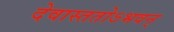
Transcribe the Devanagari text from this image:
देवास्ततोऽभवन्